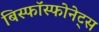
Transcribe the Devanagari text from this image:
बिस्फॉस्फोनेट्स